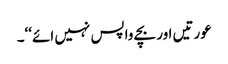
عورتیں اور بچے واپس نہیں ائے‘‘۔